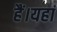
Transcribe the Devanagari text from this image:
हैं।यहां